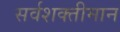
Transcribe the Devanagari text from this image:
सर्वशक्तीमान